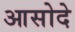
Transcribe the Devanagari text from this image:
आसोदे